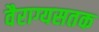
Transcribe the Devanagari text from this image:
वैराग्यसतक